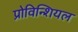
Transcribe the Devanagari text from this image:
प्रोविन्शियल